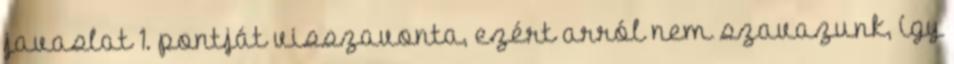
javaslat 1. pontját visszavonta, ezért arról nem szavazunk, így